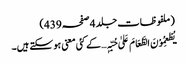
(ملفوظات جلد 4صفحہ439)
یُطْعِمُوْنَ الطَّعَامَ عَلیٰ حُبِّہٖ… کے کئی معنی ہو سکتے ہیں۔